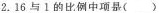
2.16与1的比例中项是()